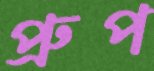
প্রুপ